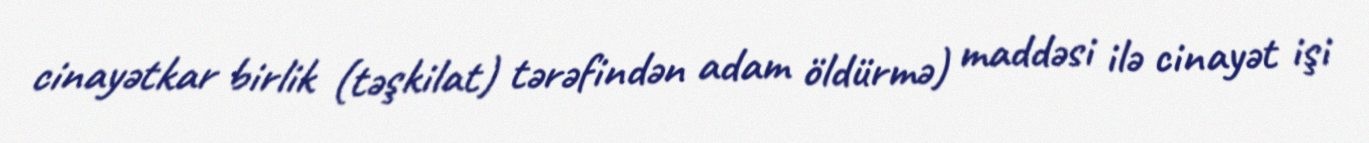
cinayətkar birlik (təşkilat) tərəfindən adam öldürmə) maddəsi ilə cinayət işi